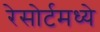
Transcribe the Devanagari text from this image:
रेसोर्टमध्ये